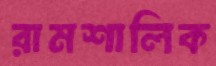
রামশালিক